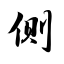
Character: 侧